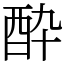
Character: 酔